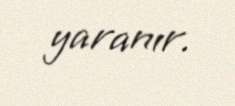
yaranır.